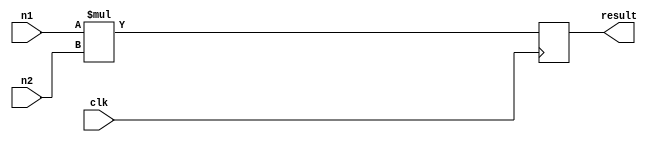
module mult8ux8s (
    input clk,
    input signed [7:0] n1, n2,
    output reg signed [15:0] result // 16-bit signed output
);

// Internal signals
reg signed [15:0] product;

// Multiplier logic
always @(posedge clk) begin
    product <= n1 * n2;
end

// Output assignment
assign result = product;

endmodule